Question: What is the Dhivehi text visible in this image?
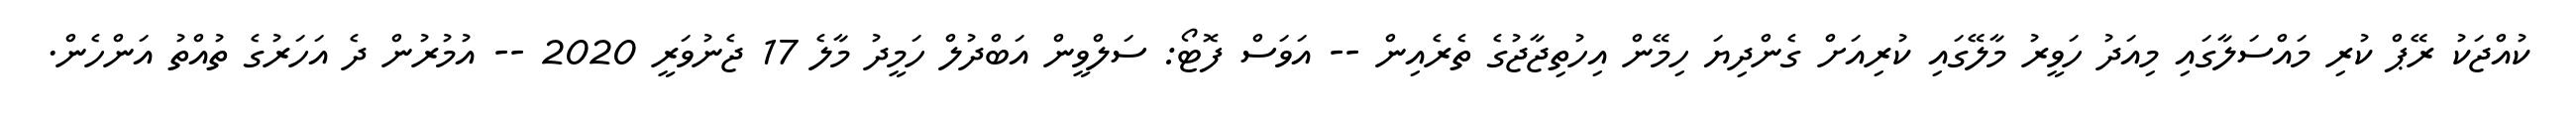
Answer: ކުއްޖަކު ރޭޕް ކުރި މައްސަލާގައި މިއަދު ހަވީރު މާލޭގައި ކުރިއަށް ގެންދިޔަ ހިމޭން އިހުތިޖާޖުގެ ތެރެއިން -- އަވަސް ފޮޓޯ: ސަލްވީން އަބްދުލް ހަމީދު މާލެ 17 ޖެނުވަރީ 2020 -- އުމުރުން ދެ އަހަރުގެ ތުއްތު އަންހެން.